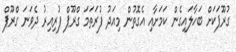
ގުރޫޕަކަށް ބަހާލައިގެން ކަމަށާއި އެގޮތުން މިއަދު ފުރަތަމަ ގްރޫޕް ފުރިއިރު ދެވަނަ ގްރޫޕް